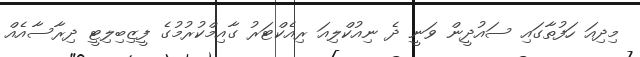
މިދިއަ ހަފުތާގައި ސައުދީން ވަނީ ދެ ނިއުކްލިއަ ރިއެކްޓަރު ގާއިމްކުރުމުގެ ފީޒިބިލިޓީ ދިރާސާއެއް